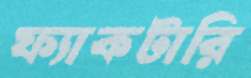
ফ্যাকটারি